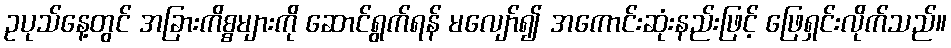
ဥပုသ်နေ့တွင် အခြားကိစ္စများကို ဆောင်ရွက်ရန် မလျော်၍ အကောင်းဆုံးနည်းဖြင့် ဖြေရှင်းလိုက်သည်။